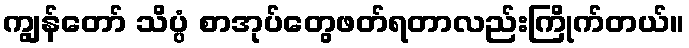
ကျွန်တော် သိပ္ပံ စာအုပ်တွေဖတ်ရတာလည်းကြိုက်တယ်။